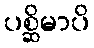
ပစ္ဆိမာပိ